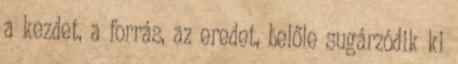
a kezdet, a forrás, az eredet, belőle sugárzódik ki